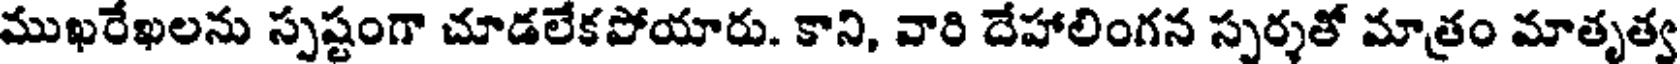
ముఖరేఖలను స్పష్టంగా చూడలేకపోయారు. కాని, వారి దేహాలింగన స్పర్శతో మాత్రం మాతృత్వ